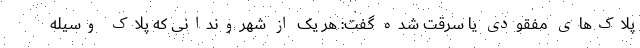
پلاک‌های مفقودی یا سرقت شده گفت: هر یک از شهروندانی که پلاک وسیله